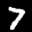
Label: 7